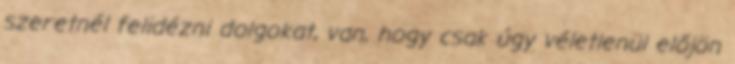
szeretnél felidézni dolgokat, van, hogy csak úgy véletlenül előjön